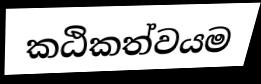
කඨිකත්වයම